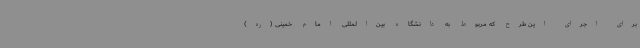
برای اجرای این طرح که مربوط به دانشگاه بین‌المللی امام خمینی (ره)